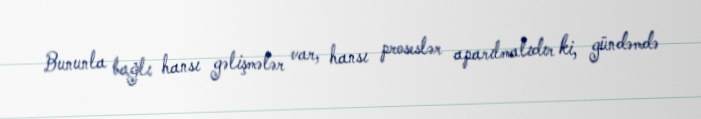
Bununla bağlı hansı gəlişmələr var, hansı proseslər aparılmalıdır ki, gündəmdə